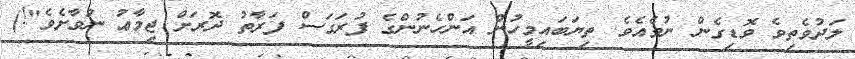
ލަދުވެތިވެ ވޮޑިގެން ނުވެއެވެ. ތިޔަބައިމީހުން އަންހެނުންގެ ފުރަގަސް ފަރާތު ދޮރަށް ޖިމާޢު ނުވާށެވެ"!)